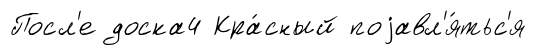
Посл'е доска4 Кра́сный поjавл'я́тьс'я